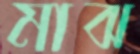
মাঝ